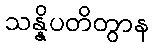
သန္နိပတိတွာန